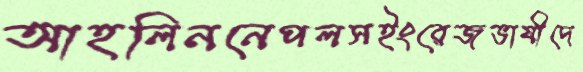
আহলিননেপলসইংরেজভাষীদে